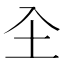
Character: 𭍺